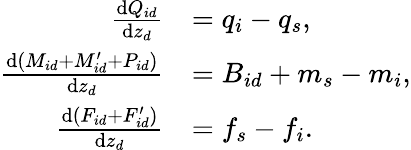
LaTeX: \begin{array}{rl}{\frac{\textnormal{d}Q_{id}}{\textnormal{d}z_{d}}}&{=q_{i}-q_{s},}\\ {\frac{\textnormal{d}(M_{id}+M_{id}^{\prime}+P_{id})}{\textnormal{d}z_{d}}}&{=B_{id}+m_{s}-m_{i},}\\ {\frac{\textnormal{d}(F_{id}+F_{id}^{\prime})}{\textnormal{d}z_{d}}}&{=f_{s}-f_{i}.}\end{array}